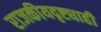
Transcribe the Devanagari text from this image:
राजकीयदृष्ट्याही